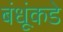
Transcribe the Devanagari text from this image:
बंधूंकडे